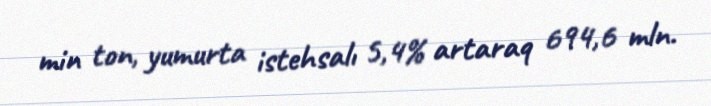
min ton, yumurta istehsalı 5,4% artaraq 694,6 mln.